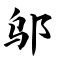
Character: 邬